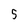
Character: 5